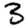
Digit: 3